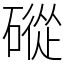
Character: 磫